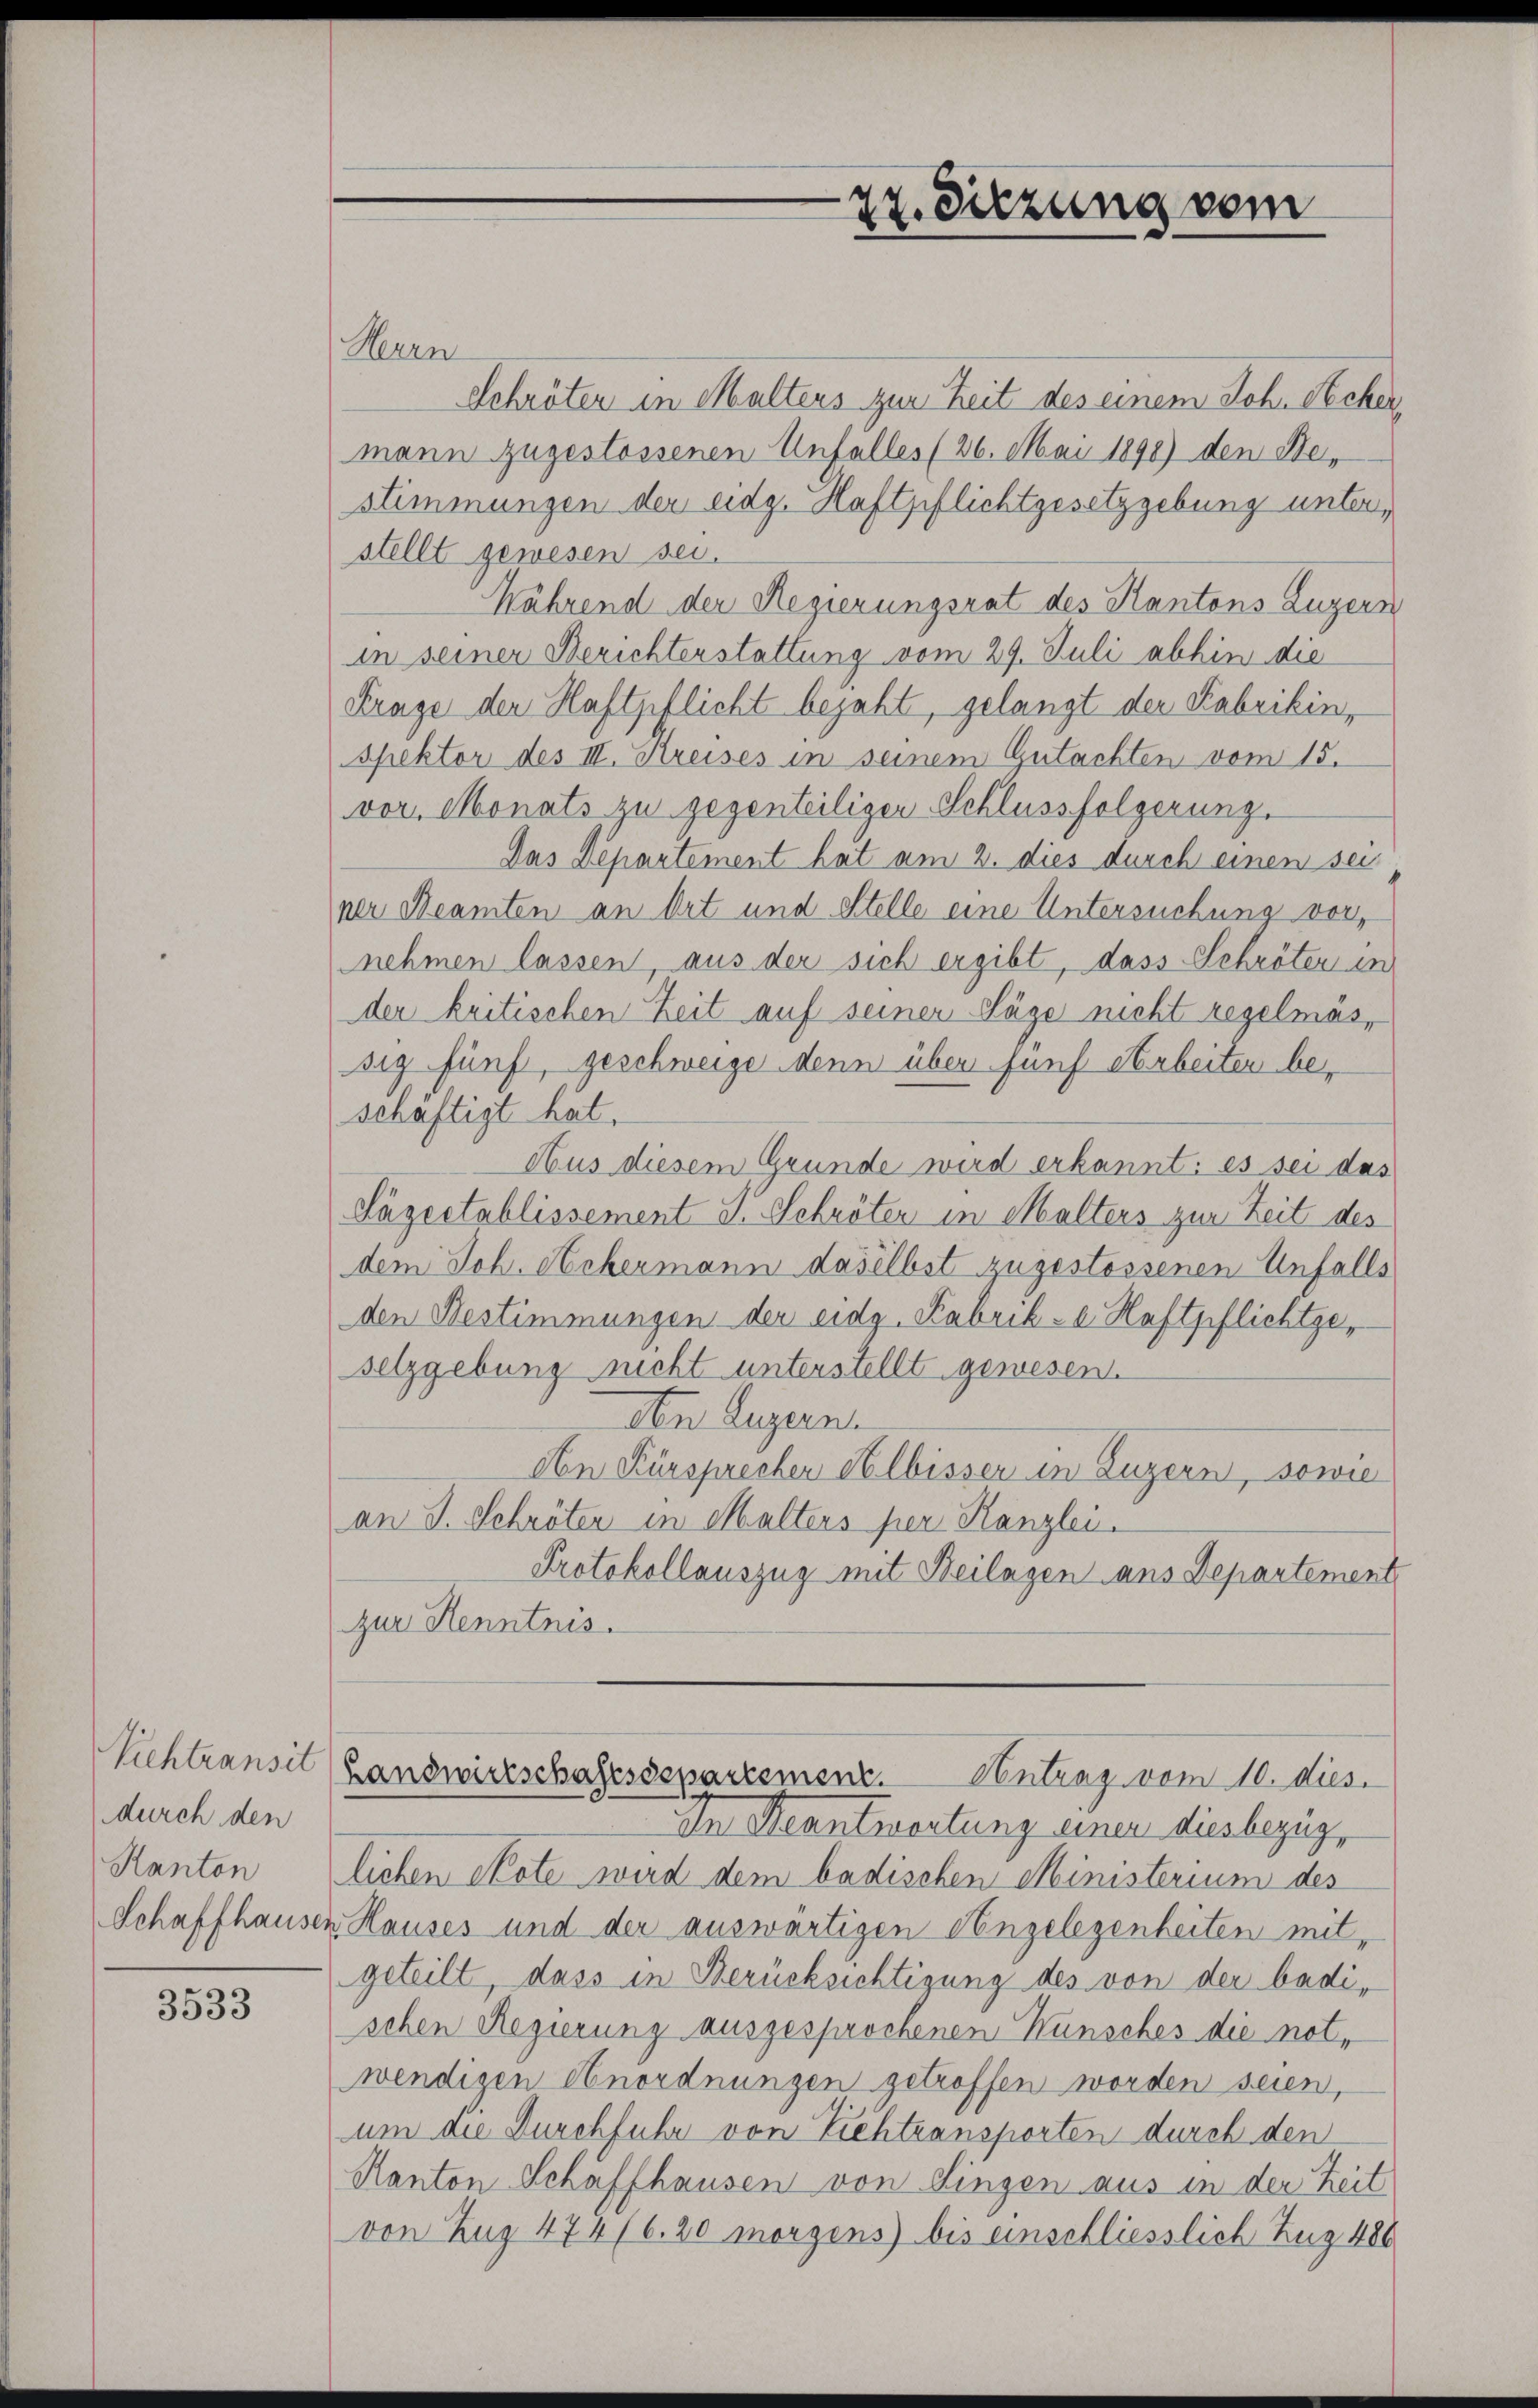
Viehtransit
durch den
Kanton

3533

Herrn
Schröter in Malters zur Zeit des einem Joh. Necker
mann zugestossenen Unfall(...)(26. Mai 1890) den Bestimmungen der eidg. Haftpflichtgesetzgebung unterstellt gewesen sei.
Während der Regierungsrat des Kantons Luzern
in seiner Berichterstattung vom 29. Juli abhin die
Frage der Haftpflicht bejaht, gelangt der Fabrikin,
spektor des III. Kreises in seinem Gutachten vom 15.
vor. Monats zu gegenteiliger Schlussfolgerung.
Das Departement hat am 2. dies durch einen sei
per Beamten an Ort und Stelle eine Untersuchung vor,
nehmen lassen, aus der sich ergibt, dass Schröter in
der kritischen Zeit auf seinen Säge nicht regelmässig fünf, geschweige denn über fünf Arbeiten beschäftigt hat.
Aus diesem Grunde wird erkannt: es sei das
Pazeetablissement J. Schröter in Malters zur Zeit des
dem Joh. Ackermann daselbst zugestossenen Unfalls
den Bestimmungen der eidg. Fabrik-C. Haftpflichtgesetzgebung nicht unterstellt gewesen.
An Augent
An Fürsprechen Selbisser in Luzern, sowie
an J. Schröten in Malters per Kanzlei
Protokollauszug mit Beilagen aus Departement
zur Kenntnis.

In Beantwortung einer diesbezüg
lichen Note wird dem badischen Ministerium des
Schaffhausen Hauses und der auswärtigen Angelegenheiten mit,
geteilt, dass in Berücksichtigung des von der badischen Regierung ausgesprochenen Wunsches die not-
wendigen Anordnungen getroffen worden seien,
um die Durchführ von Ziehtransporten durch den
Kanton Schaffhausen von Lingen aus in der Zeit
von Zug 474 (6. 20 morgens) bis einschliesslich Zug 486

27. Sitzung vom

Landwirtschaftsdepartement. Antrag vom 10. dies